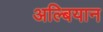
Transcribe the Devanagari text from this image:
अल्बियान